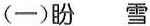
(一)盼 雪